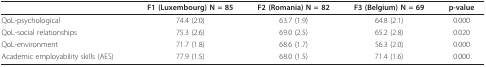
<table><thead><tr><td></td><td><b>F1 (Luxembourg) N = 85</b></td><td><b>F2 (Romania) N = 82</b></td><td><b>F3 (Belgium) N = 69</b></td><td><b>p-value</b></td></tr></thead><tbody><tr><td>QoL-psychological</td><td>74.4 (2.0)</td><td>63.7 (1.9)</td><td>64.8 (2.1)</td><td>0.000</td></tr><tr><td>QoL-social relationships</td><td>75.3 (2.6)</td><td>69.0 (2.5)</td><td>65.2 (2.8)</td><td>0.020</td></tr><tr><td>QoL-environment</td><td>71.7 (1.8)</td><td>68.6 (1.7)</td><td>56.3 (2.0)</td><td>0.000</td></tr><tr><td>Academic employability skills (AES)</td><td>77.9 (1.5)</td><td>68.0 (1.5)</td><td>71.4 (1.6)</td><td>0.000</td></tr></tbody></table>